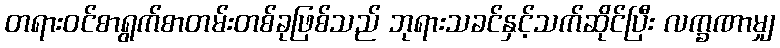
တရားဝင်စာရွက်စာတမ်းတစ်ခုဖြစ်သည် ဘုရားသခင်နှင့်သက်ဆိုင်ပြီး လက္ခဏာမျှ